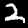
Label: 2